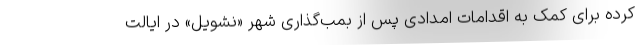
کرده برای کمک به اقدامات امدادی پس از بمب‌گذاری شهر «نشویل» در ایالت